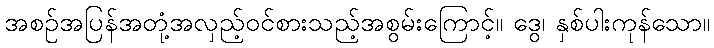
အစဉ်အပြန်အတုံ့အလှည့်ဝင်စားသည့်အစွမ်းကြောင့်။ ဒွေ၊ နှစ်ပါးကုန်သော။